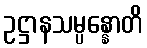
ဥဋ္ဌာနသမ္ပန္နောတိ